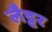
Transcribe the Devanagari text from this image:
लैट्टर